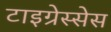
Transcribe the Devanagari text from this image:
टाइग्रेस्सेस